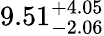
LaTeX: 9.51_{-2.06}^{+4.05}